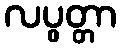
လပွတ္တာ